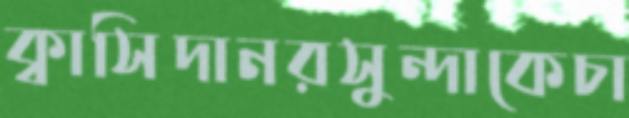
ক্বাসিদানরসুন্দাকেচা